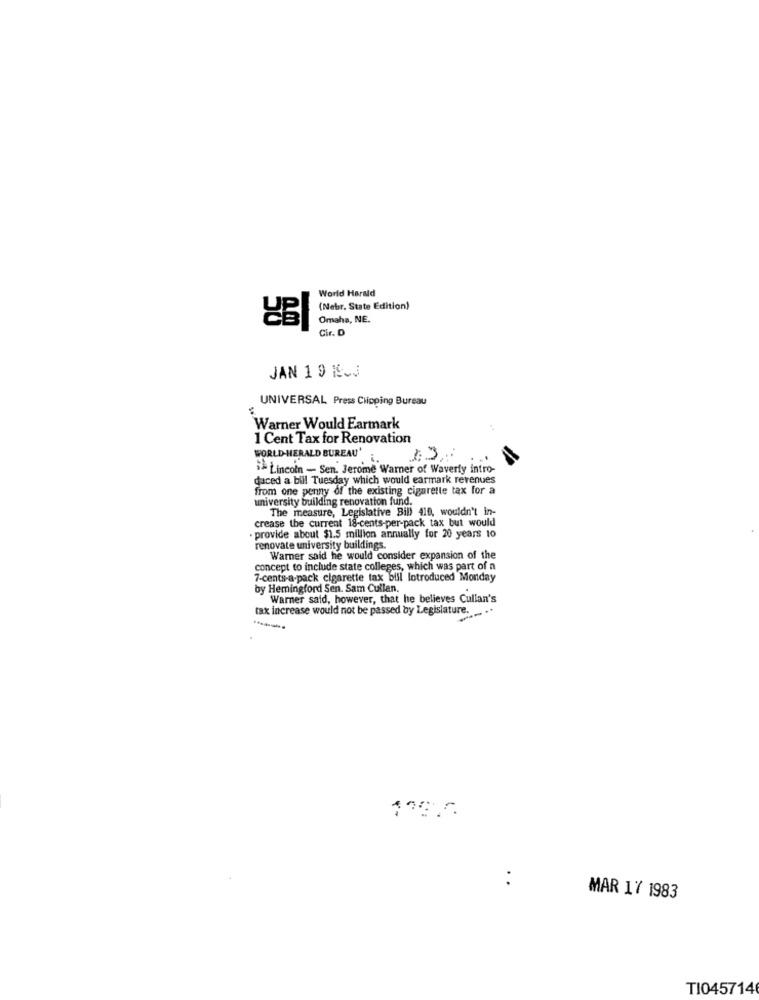
World Harald
(Nebr. State Edition)
Omaha, NE.
Cir. D
JAN 1 9 KLJ
UNIVERSAL Press Clipping Bureau
Warner Would Earmark
1 Cent Tax for Renovation
WORLD-HERALD BUREAU'
.i.
Lincoln - Sen. Jerome Warner of Waverly intro-
duced a bill Tuesday which would earmark revenues
from one penny of the existing cigarette tax for a
university building renovation fund.
The measure, Legislative Bill 410, wouldn't in-
crease the current 18-cents-per-pack tax but would
-provide about $1.5 million annually for 20 years to
renovate university buildings.
Warner said he would consider expansion of the
concept to include state colleges, which was part of a
7-cents-a-pack cigarette tax bill Introduced Monday
by Hemingford Sen. Sam Cullen.
Warner said, however, that he believes Cullan's
tax increase would not be passed by Legislature.
..
MAR 17 1983
TI0457146